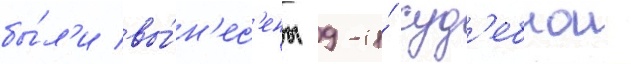
бы́л'и вы́н'ес'ены 9-и́ суд'ебнои